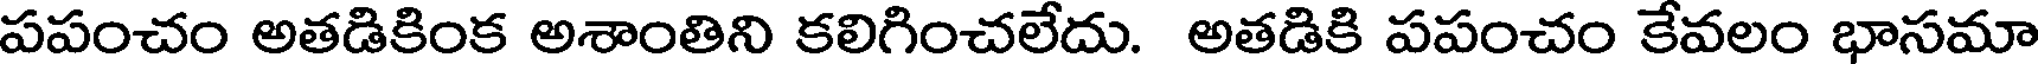
పపంచం అతడికింక అశాంతిని కలిగించలేదు. అతడికి పపంచం కేవలం భాసమా